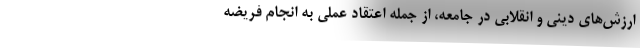
ارزش‌های دینی و انقلابی در جامعه، از جمله اعتقاد عملی به انجام فریضه